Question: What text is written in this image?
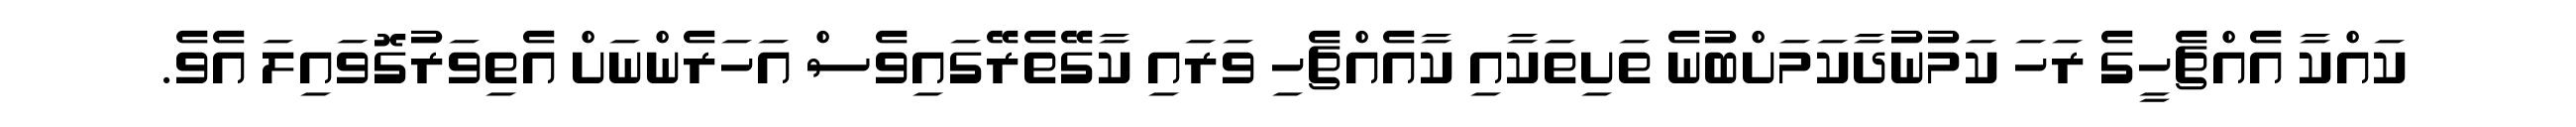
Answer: ކައްކާ އެއްޗެހީގެ ރަހަ ކަމުނުދާކަމަށްބުނެ ތަށިތަކާއި ކާއެއްޗެހި ވަރައި ކާގޭތެރޭގައިވެސް އަހަރެންނަށް އެތިވަރުގޮވައިލަ އެވެ.